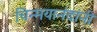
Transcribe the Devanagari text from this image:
चिन्मयानंदांनी